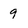
Character: 9